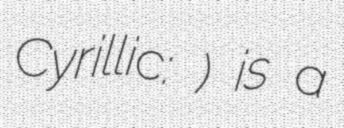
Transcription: Cyrillic: Брод) is a